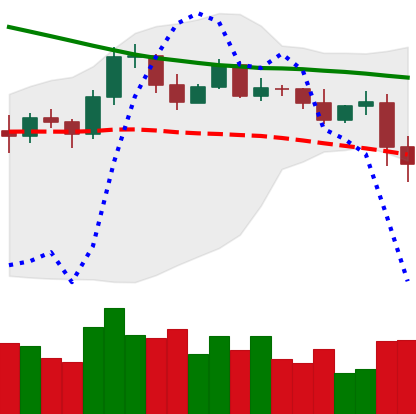
Ticker: EOS-USD
Chart end date: 2019-11-19
Forward return: -22.26%
Label: down_7plus